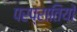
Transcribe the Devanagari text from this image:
परप्रातियों